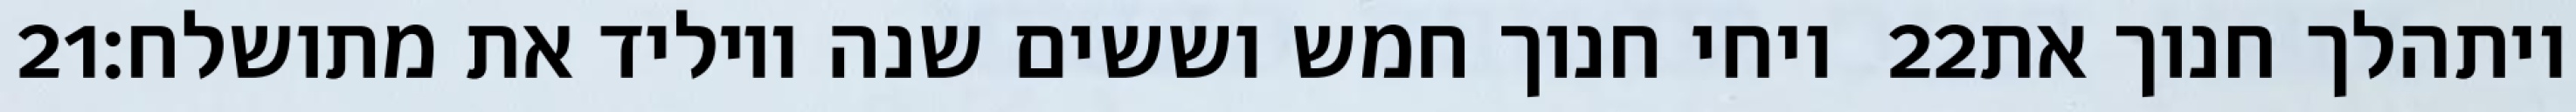
‎21‏ ויחי חנוך חמש וששים שנה ויוליד את מתושלח׃ ‎22‏ ויתהלך חנוך את